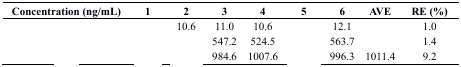
<table><thead><tr><td><b>Concentration (ng/mL)</b></td><td><b>1</b></td><td><b>2</b></td><td><b>3</b></td><td><b>4</b></td><td><b>5</b></td><td><b>6</b></td><td><b>AVE</b></td><td><b>RE (%)</b></td></tr></thead><tbody><tr><td>[EMPTY_CELL]</td><td>[EMPTY_CELL]</td><td>10.6</td><td>11.0</td><td>10.6</td><td>[EMPTY_CELL]</td><td>12.1</td><td>[EMPTY_CELL]</td><td>1.0</td></tr><tr><td>[EMPTY_CELL]</td><td>[EMPTY_CELL]</td><td>[EMPTY_CELL]</td><td>547.2</td><td>524.5</td><td>[EMPTY_CELL]</td><td>563.7</td><td>[EMPTY_CELL]</td><td>1.4</td></tr><tr><td>[EMPTY_CELL]</td><td>[EMPTY_CELL]</td><td>[EMPTY_CELL]</td><td>984.6</td><td>1007.6</td><td>[EMPTY_CELL]</td><td>996.3</td><td>1011.4</td><td>9.2</td></tr></tbody></table>